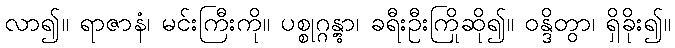
လာ၍။ ရာဇာနံ၊ မင်းကြီးကို။ ပစ္စုဂ္ဂန္တွာ၊ ခရီးဦးကြိုဆို၍။ ဝန္ဒိတွာ၊ ရှိခိုး၍။